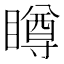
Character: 𥊭